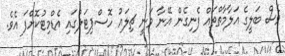
ވެސް ބަލީގެ އަލާމާތްތައް ފެނިގެން އޭނާ ވަނީ ޗިލައު ހޮސްޕިޓަލުގައި އެޑްމިޓުކޮށްފަ އެވެ.